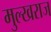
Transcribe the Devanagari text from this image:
मुल्खराज